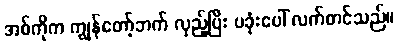
အစ်ကိုက ကျွန်တော့်ဘက် လှည့်ပြီး ပခုံးပေါ် လက်တင်သည်။